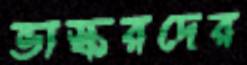
ভাস্করদের